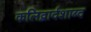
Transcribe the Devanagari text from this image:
कलिद्वार्दशाब्द